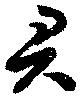
君